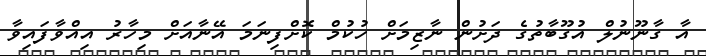
އާ ގާނޫނުލް އުގޫބާތުގެ ދަށުން ނާޒިމަށް ހުކުމް ކޮށްފިނަމަ އޭނާއަށް މިހާރު އިއްވާފައިވާ